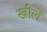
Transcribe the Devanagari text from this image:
खीलें